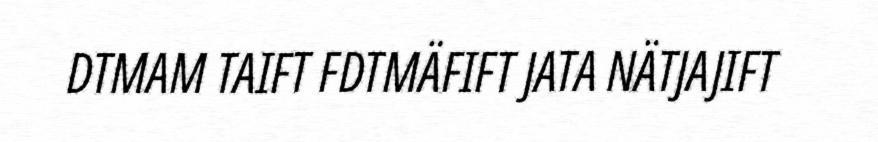
DTMAM TAIFT FDTMÄFIFT JATA NÄTJAJIFT